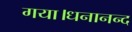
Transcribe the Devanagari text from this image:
गया।धनानन्द